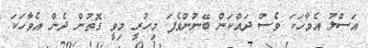
އަސްލު އެވާހަކަ ވެސް ދައްކަން ބޭނުންވެފަ މިހުރީ މިވީ ގޮތުން ދެން އެވާހަކަ